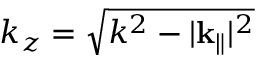
k _ { z } = \sqrt { k ^ { 2 } - | \mathbf { k } _ { \| } | ^ { 2 } }